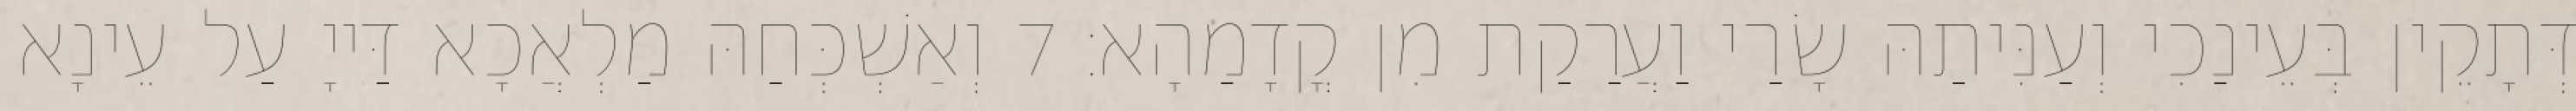
דְּתָקֵין בְּעֵינַכִי וְעַנִּיתַהּ שָׂרַי וַעֲרַקַת מִן קֳדָמַהָא׃ 7 וְאַשְׁכְּחַהּ מַלְאֲכָא דַּייָ עַל עֵינָא